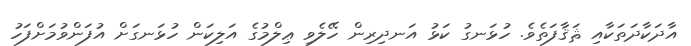
އާދަކާދަތަކާއި ޘަޤާފަތެވެ. ހުޅަނގު ކަޅު އަނދިރިން ހޭލެވި ޢިލްމުގެ އަލިކަން ހުޅަނގަށް އުފަންވުމަށްފަހު